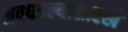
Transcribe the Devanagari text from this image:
अवघडल्यासारखे